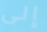
إلى